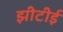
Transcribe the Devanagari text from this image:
झीटीई